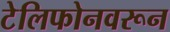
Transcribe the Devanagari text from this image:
टेलिफोनवरून